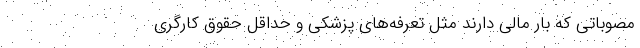
مصوباتی که بار مالی دارند مثل تعرفه‌های پزشکی و حداقل حقوق کارگری